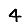
Digit: 4